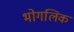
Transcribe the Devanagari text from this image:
भोगलिक